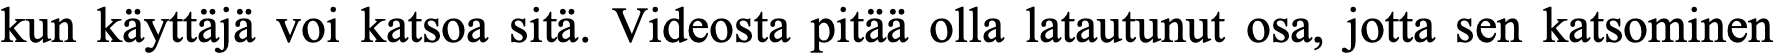
kun käyttäjä voi katsoa sitä. Videosta pitää olla latautunut osa, jotta sen katsominen